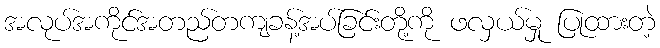
အလုပ်အကိုင်အတည်တကျခန့်အပ်ခြင်းတို့ကို ဖလှယ်မှု ပြုထားတဲ့